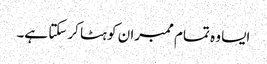
ایسا وہ تمام ممبران کو ہٹا کرسکتا ہے۔